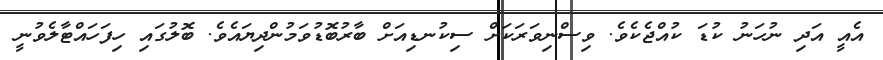
އެއީ އަދި ނުހަނު ކުޑަ ކުއްޖެކެވެ. ވިސްނިވަރަކަށް ސިކުނޑިއަށް ބާރުބޮޑުވަމުންދިޔައެވެ. ބޮލުގައި ހިފަހައްޓާލެވުނީ